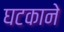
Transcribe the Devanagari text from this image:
घटकाने